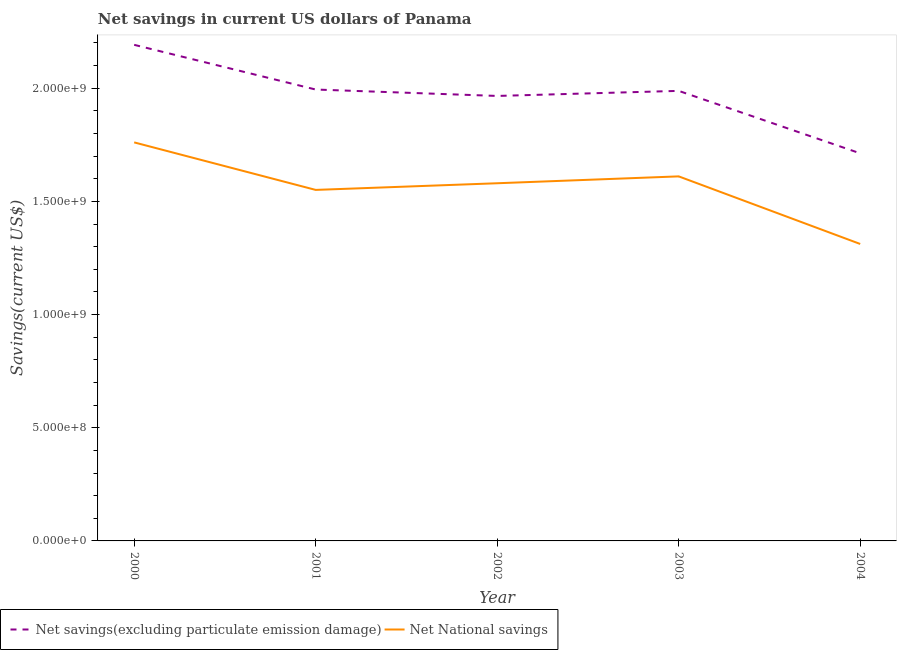
| Year | Net savings(excluding particulate emission damage) | Net National savings |
 | --- | --- | --- |
 | 2000 | 2.19e+09 | 1.76e+09 |
 | 2001 | 1.99e+09 | 1.55e+09 |
 | 2002 | 1.97e+09 | 1.58e+09 |
 | 2003 | 1.99e+09 | 1.61e+09 |
 | 2004 | 1.71e+09 | 1.31e+09 |